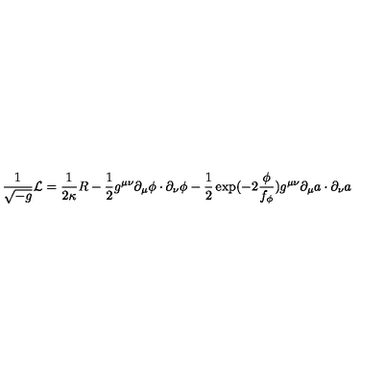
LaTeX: \frac { 1 } { \sqrt { - g } } { \cal L } = \frac { 1 } { 2 \kappa } R - \frac { 1 } { 2 } g ^ { \mu \nu } \partial _ { \mu } \phi \cdot \partial _ { \nu } \phi - \frac { 1 } { 2 } \exp ( - 2 \frac { \phi } { f _ { \phi } } ) g ^ { \mu \nu } \partial _ { \mu } a \cdot \partial _ { \nu } a